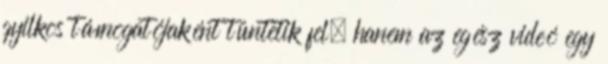
gyilkos támogatójaként tüntetik fel, hanem az egész videó egy